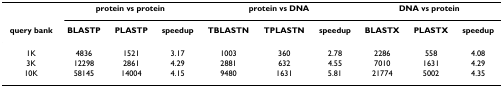
<table><thead><tr><td></td><td colspan="3"><b>protein vs protein</b></td><td colspan="3"><b>protein vs DNA</b></td><td colspan="3"><b>DNA vs protein</b></td></tr><tr><td><b>query bank</b></td><td><b>BLASTP</b></td><td><b>PLASTP</b></td><td><b>speedup</b></td><td><b>TBLASTN</b></td><td><b>TPLASTN</b></td><td><b>speedup</b></td><td><b>BLASTX</b></td><td><b>PLASTX</b></td><td><b>speedup</b></td></tr></thead><tbody><tr><td>1K</td><td>4836</td><td>1521</td><td>3.17</td><td>1003</td><td>360</td><td>2.78</td><td>2286</td><td>558</td><td>4.08</td></tr><tr><td>3K</td><td>12298</td><td>2861</td><td>4.29</td><td>2881</td><td>632</td><td>4.55</td><td>7010</td><td>1631</td><td>4.29</td></tr><tr><td>10K</td><td>58145</td><td>14004</td><td>4.15</td><td>9480</td><td>1631</td><td>5.81</td><td>21774</td><td>5002</td><td>4.35</td></tr></tbody></table>